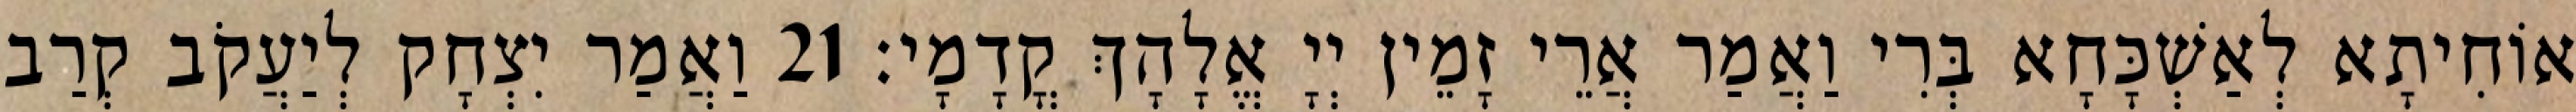
אוֹחִיתָא לְאַשְׁכָּחָא בְּרִי וַאֲמַר אֲרֵי זָמֵין יְיָ אֱלָהָךְ קֳדָמָי׃ 21 וַאֲמַר יִצְחָק לְיַעֲקֹב קְרַב